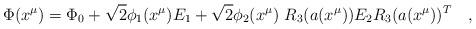
LaTeX: \begin{align*}\Phi(x^\mu)=\Phi_0+\sqrt{2}\phi_1(x^\mu) E_1+\sqrt{2}\phi_2(x^\mu)~R_3(a(x^\mu))E_2R_3(a(x^\mu))^T\quad,\end{align*}